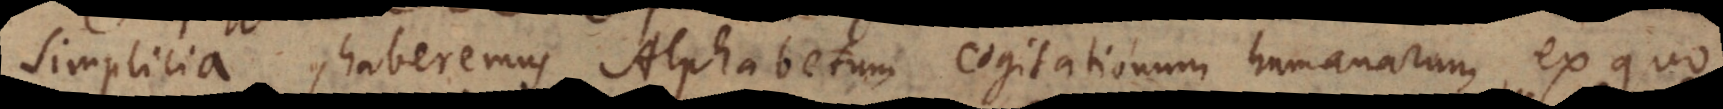
simplicia, haberemus Alphabetum cogitationum humanarum, ex quo